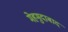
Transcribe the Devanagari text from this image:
मेहमुदाबाद